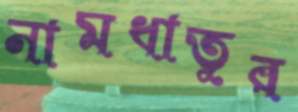
নামধাতুর